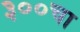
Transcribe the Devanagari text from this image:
३००चा